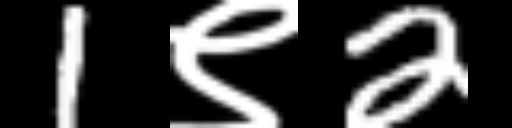
Text: 1९2